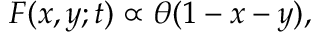
F ( x , y ; t ) \propto \theta ( 1 - x - y ) ,